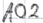
Text: A02